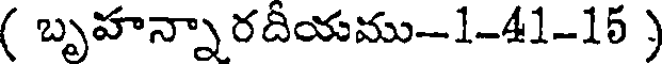
( బృహన్నారదీయము-1-41-15 )